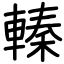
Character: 轃